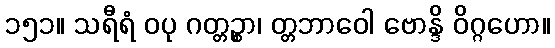
၁၅၁။ သရီရံ ဝပု ဂတ္တဉ္စာ၊ တ္တဘာဝေါ ဗောန္ဒိ ဝိဂ္ဂဟော။